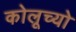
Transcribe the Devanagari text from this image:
कोलूच्यो